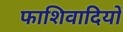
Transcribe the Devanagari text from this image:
फाशिवादियों